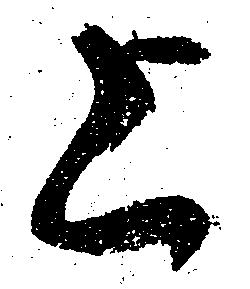
上